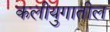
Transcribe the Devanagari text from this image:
कलीयुगातील